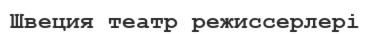
Швеция театр режиссерлері